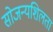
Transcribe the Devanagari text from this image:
सोजन्यशिलता